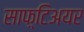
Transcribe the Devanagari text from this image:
साफ़्टिअयर